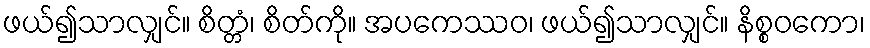
ဖယ်၍သာလျှင်။ စိတ္တံ၊ စိတ်ကို။ အပကေဿဝ၊ ဖယ်၍သာလျှင်။ နိစ္စဝကော၊